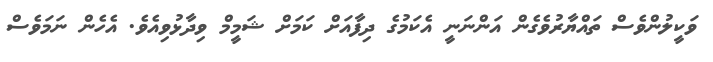
ވަކީލުންވެސް ތައްޔާރުވެގެން އަންނަނީ އެކަމުގެ ދިފާއަށް ކަމަށް ޝަމީމް ވިދާޅުވިއެވެ. އެހެން ނަމަވެސް